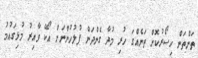
ތަންތަން ހިސޯރުކޮށް ތަނެއްގަ ހުރި މުދާ ގެންދަން ފުލުހުންނަށް އޯކޭ ވާއިރު މުޅިގައުމު